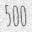
500